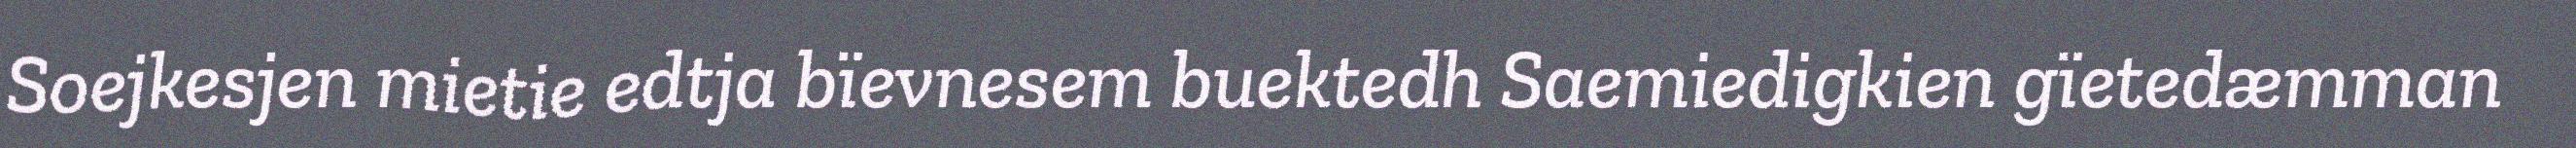
Soejkesjen mietie edtja bïevnesem buektedh Saemiedigkien gïetedæmman